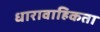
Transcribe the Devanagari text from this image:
धारावाहिकता